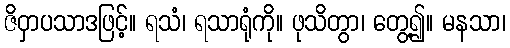
ဇိဝှာပသာဒဖြင့်။ ရသံ၊ ရသာရုံကို။ ဖုသိတွာ၊ တွေ့၍။ မနသာ၊